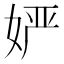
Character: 𱙔